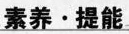
素养·提能